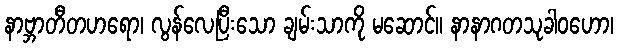
နာဗ္ဘာတီတဟရော၊ လွန်လေပြီးသော ချမ်းသာကို မဆောင်။ နာနာဂတသုခါဝဟော၊